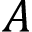
\cal A